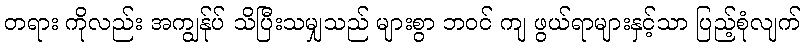
တရား ကိုလည်း အကျွန်ုပ် သိပြီးသမျှသည် များစွာ ဘဝင် ကျ ဖွယ်ရာများနှင့်သာ ပြည့်စုံလျက်